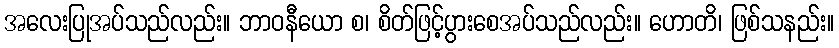
အလေးပြုအပ်သည်လည်း။ ဘာဝနီယော စ၊ စိတ်ဖြင့်ပွားစေအပ်သည်လည်း။ ဟောတိ၊ ဖြစ်သနည်း။